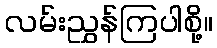
လမ်းညွှန်ကြပါစို့။